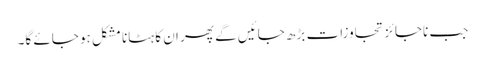
جب ناجائز تجاوزات بڑھ جائیں گے پھر ان کا ہٹانا مشکل ہو جائے گا۔